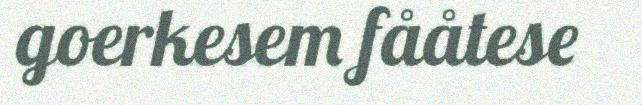
goerkesem fååtese